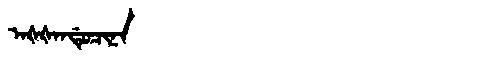
Manchu: ᠠᡧᡧᠠᠨᡩᡠᠴᡳᠨᠠ
Romanization: AŠŠANDUCINA